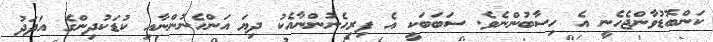
ކަންބޮޑުވާންޖެހެނީ އެ ހިސާބުންނެވެ. ސަބަބަކީ އެ ފިރިހެނުންނާއެކު ދިޔަ އަންހެނުންނާއި ކުޑަކުދިންގެ އަދަދު